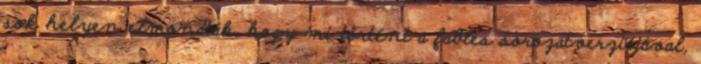
sok helyen elmondták, hogy mi történt a fables sorozatverziójával,